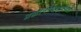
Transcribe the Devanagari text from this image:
ब्रह्मानन्दसरस्वती